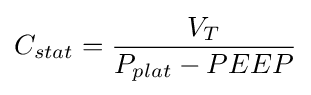
C_{stat}={\frac {V_{T}}{P_{plat}-PEEP}}